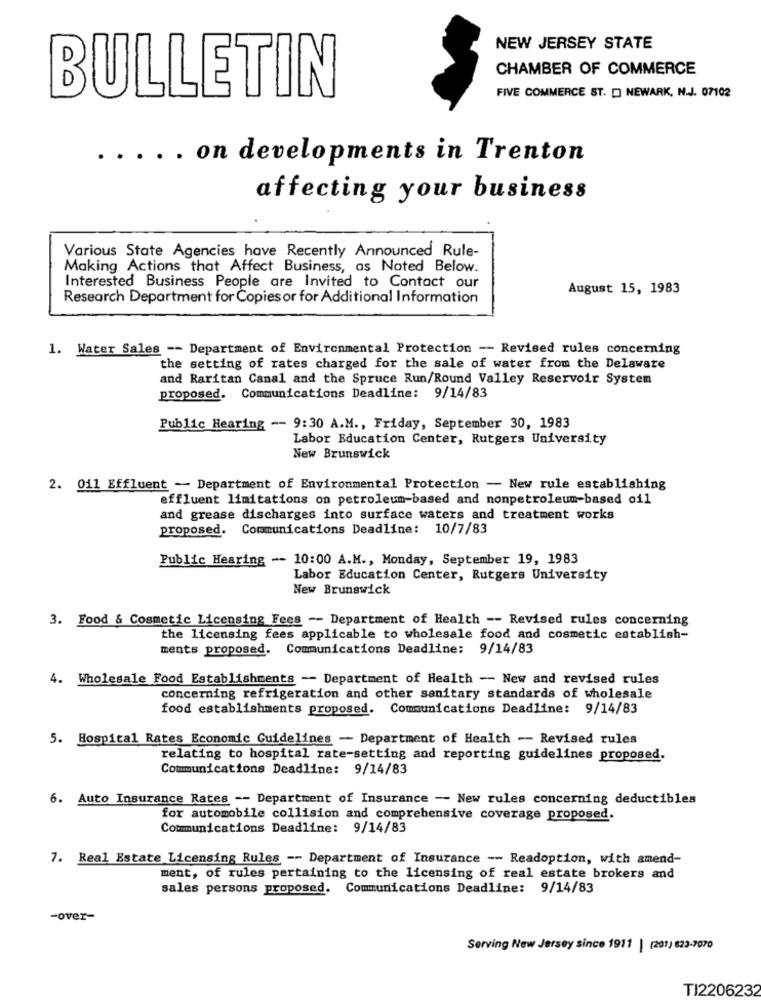
NEW JERSEY STATE
CHAMBER OF COMMERCE
FIVE COMMERCE ST. D NEWARK, N.J. 07102
BULLETIN
..... on developments in Trenton
affecting your business
Various State Agencies have Recently Announced Rule-
Making Actions that Affect Business, as Noted Below.
Interested Business People are Invited to Contact our
August 15, 1983
Research Department for Copies or for Additional Information
1. Water Sales -- Department of Environmental Protection -- Revised rules concerning
the setting of rates charged for the sale of water from the Delaware
and Raritan Canal and the Spruce Run/Round Valley Reservoir System
proposed. Communications Deadline: 9/14/83
Public Hearing -- 9:30 A.M ., Friday, September 30, 1983
Labor Education Center, Rutgers University
New Brunswick
2. 011 Effluent - Department of Environmental Protection - New rule establishing
effluent limitations on petroleum-based and nonpetroleum-based oil
and grease discharges into surface waters and treatment works
proposed. Communications Deadline: 10/7/83
Public Hearing -- 10:00 A.M ., Monday, September 19, 1983
Labor Education Center, Rutgers University
New Brunswick
3. Food & Cosmetic Licensing Fees -- Department of Health -- Revised rules concerning
the licensing fees applicable to wholesale food and cosmetic establish-
ments proposed. Communications Deadline: 9/14/83
4. Wholesale Food Establishments -- Department of Health - New and revised rules
concerning refrigeration and other sanitary standards of wholesale
food establishments proposed. Communications Deadline: 9/14/83
5. Hospital Rates Economic Guidelines - Department of Health -- Revised rules
relating to hospital rate-setting and reporting guidelines proposed.
Communications Deadline: 9/14/83
6. Auto Insurance Rates -- Department of Insurance - New rules concerning deductibles
for automobile collision and comprehensive coverage proposed.
Communications Deadline: 9/14/83
7. Real Estate Licensing Rules -- Department of Insurance -- Readoption, with amend-
ment, of rules pertaining to the licensing of real estate brokers and
sales persons proposed. Communications Deadline: 9/14/83
-over-
Serving New Jersey since 1911 | (201) 823-7070
TI2206232